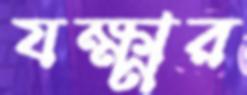
যক্ষ্মার